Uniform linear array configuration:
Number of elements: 16
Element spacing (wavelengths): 0.5
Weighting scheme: hann
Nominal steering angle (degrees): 0
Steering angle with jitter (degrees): -1.673
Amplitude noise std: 0.05
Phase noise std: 0.05

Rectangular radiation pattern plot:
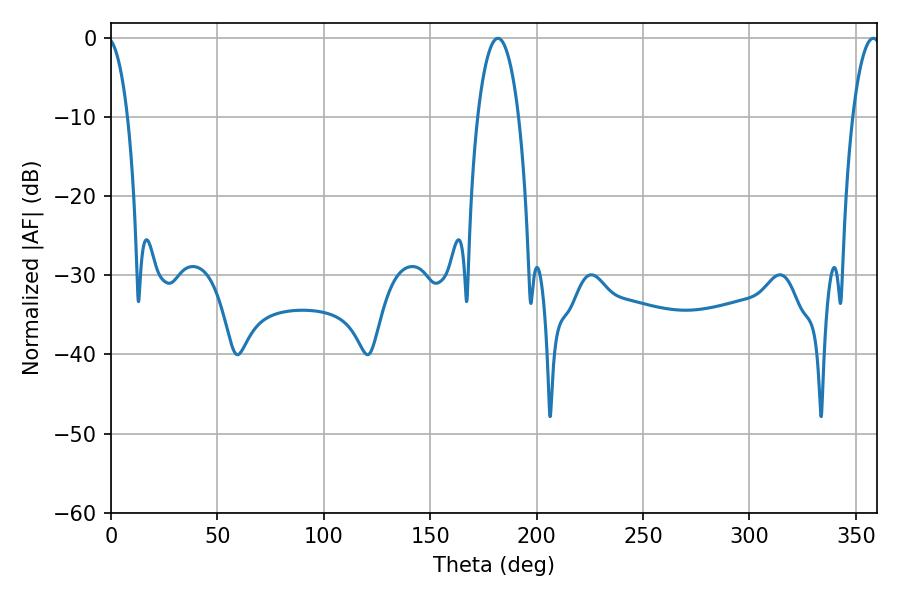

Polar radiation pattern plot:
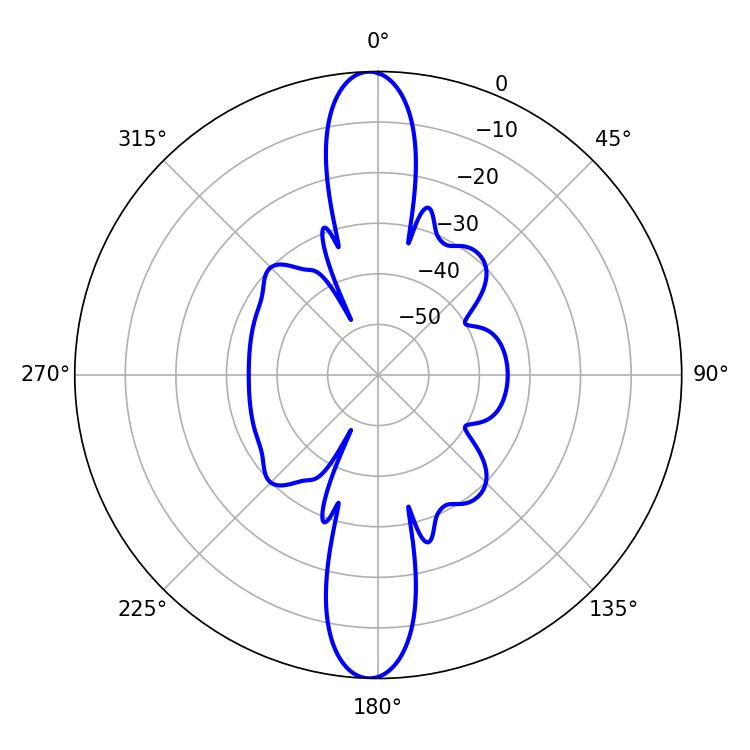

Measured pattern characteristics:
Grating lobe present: FALSE
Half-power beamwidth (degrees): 10.8
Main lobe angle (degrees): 181.8